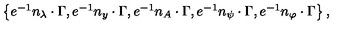
\begin{array} { l } { \left\{ e ^ { - 1 } n _ { \lambda } \cdot \Gamma , e ^ { - 1 } n _ { y } \cdot \Gamma , e ^ { - 1 } n _ { A } \cdot \Gamma , e ^ { - 1 } n _ { \psi } \cdot \Gamma , e ^ { - 1 } n _ { \varphi } \cdot \Gamma \right\} , } \\ \end{array}